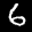
Label: 6